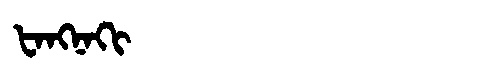
Manchu: ᡶᠠᠩᠨᠠᡴᡳ
Romanization: FANGNAKI